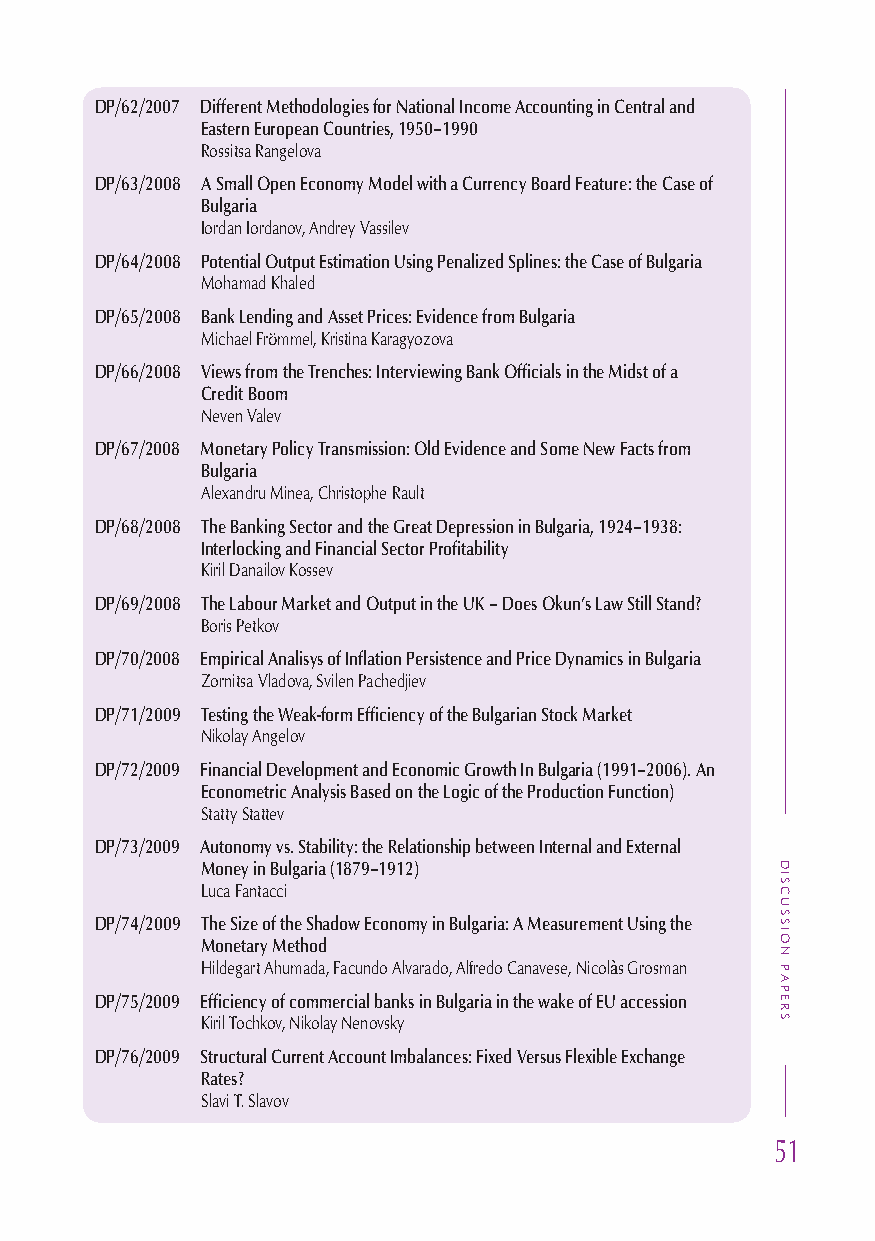
DP/62/2007 Different Methodologies for National Income Accounting in Central and
 Eastern European Countries, 1950–1990
 Rossitsa Rangelova
 DP/63/2008 A Small Open Economy Model with a Currency Board Feature: the Case of
 Bulgaria
 Iordan Iordanov, Andrey Vassilev
 DP/64/2008 Potential Output Estimation Using Penalized Splines: the Case of Bulgaria
 Mohamad Khaled
 DP/65/2008 Bank Lending and Asset Prices: Evidence from Bulgaria
 Michael Frömmel, Kristina Karagyozova
 DP/66/2008 Views from the Trenches: Interviewing Bank Officials in the Midst of a
 Credit Boom
 Neven Valev
 DP/67/2008 Monetary Policy Transmission: Old Evidence and Some New Facts from
 Bulgaria
 Alexandru Minea, Christophe Rault
 DP/68/2008 The Banking Sector and the Great Depression in Bulgaria, 1924–1938:
 Interlocking and Financial Sector Profitability
 Kiril Danailov Kossev
 DP/69/2008 The Labour Market and Output in the UK – Does Okun’s Law Still Stand?
 Boris Petkov
 DP/70/2008 Empirical Analisys of Inflation Persistence and Price Dynamics in Bulgaria
 Zornitsa Vladova, Svilen Pachedjiev
 DP/71/2009 Testing the Weak-form Efficiency of the Bulgarian Stock Market
 Nikolay Angelov
 DP/72/2009 Financial Development and Economic Growth In Bulgaria (1991–2006). An
 Econometric Analysis Based on the Logic of the Production Function)
 Statty Stattev
 DP/73/2009 Autonomy vs. Stability: the Relationship between Internal and External
 Money in Bulgaria (1879–1912)
 Luca Fantacci
 DP/74/2009 The Size of the Shadow Economy in Bulgaria: A Measurement Using the
 Monetary Method
 Hildegart Ahumada, Facundo Alvarado, Alfredo Canavese, NicolЎs Grosman
 DP/75/2009 Efficiency of commercial banks in Bulgaria in the wake of EU accession
 Kiril Tochkov, Nikolay Nenovsky
 DP/76/2009 Structural Current Account Imbalances: Fixed Versus Flexible Exchange
 Rates?
 Slavi T. Slavov
 51
 DISCUSSION
 PAPERS